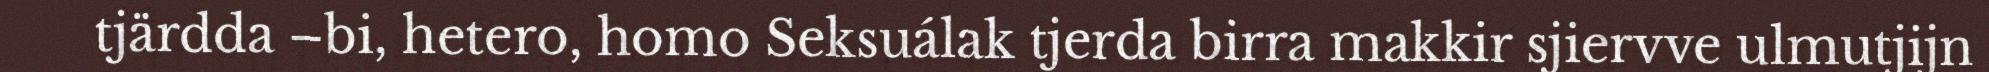
tjärdda –bi, hetero, homo Seksuálak tjerda birra makkir sjiervve ulmutjijn